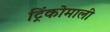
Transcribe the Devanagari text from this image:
ट्रिंकोमाली